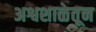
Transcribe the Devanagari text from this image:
अश्वशाळेतून